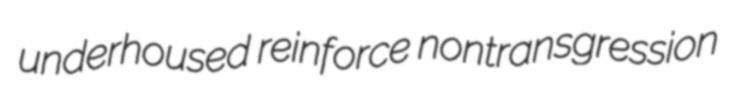
underhoused reinforce nontransgression